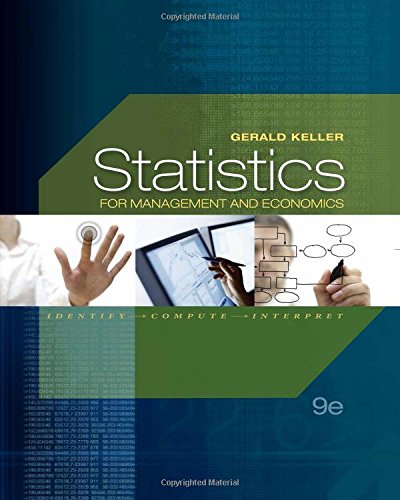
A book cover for Statistics for Management and Economics (with Online Content Printed Access Card); Gerald Keller; Computers & Technology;